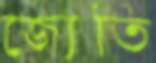
জ্যেতি